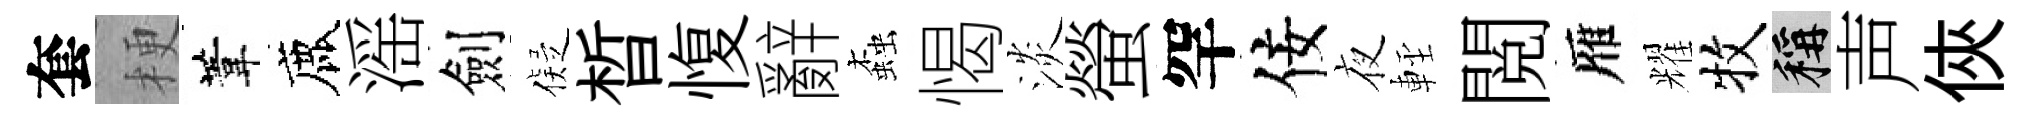
套梗葦鹿滛劍儗晳愎辭螙愒淡螢罕佞夜䡖閲雁耀牧稱声俠